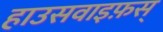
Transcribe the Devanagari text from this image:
हाउसवाइफ़स्